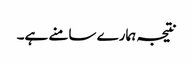
نتیجہ ہمارے سامنے ہے۔